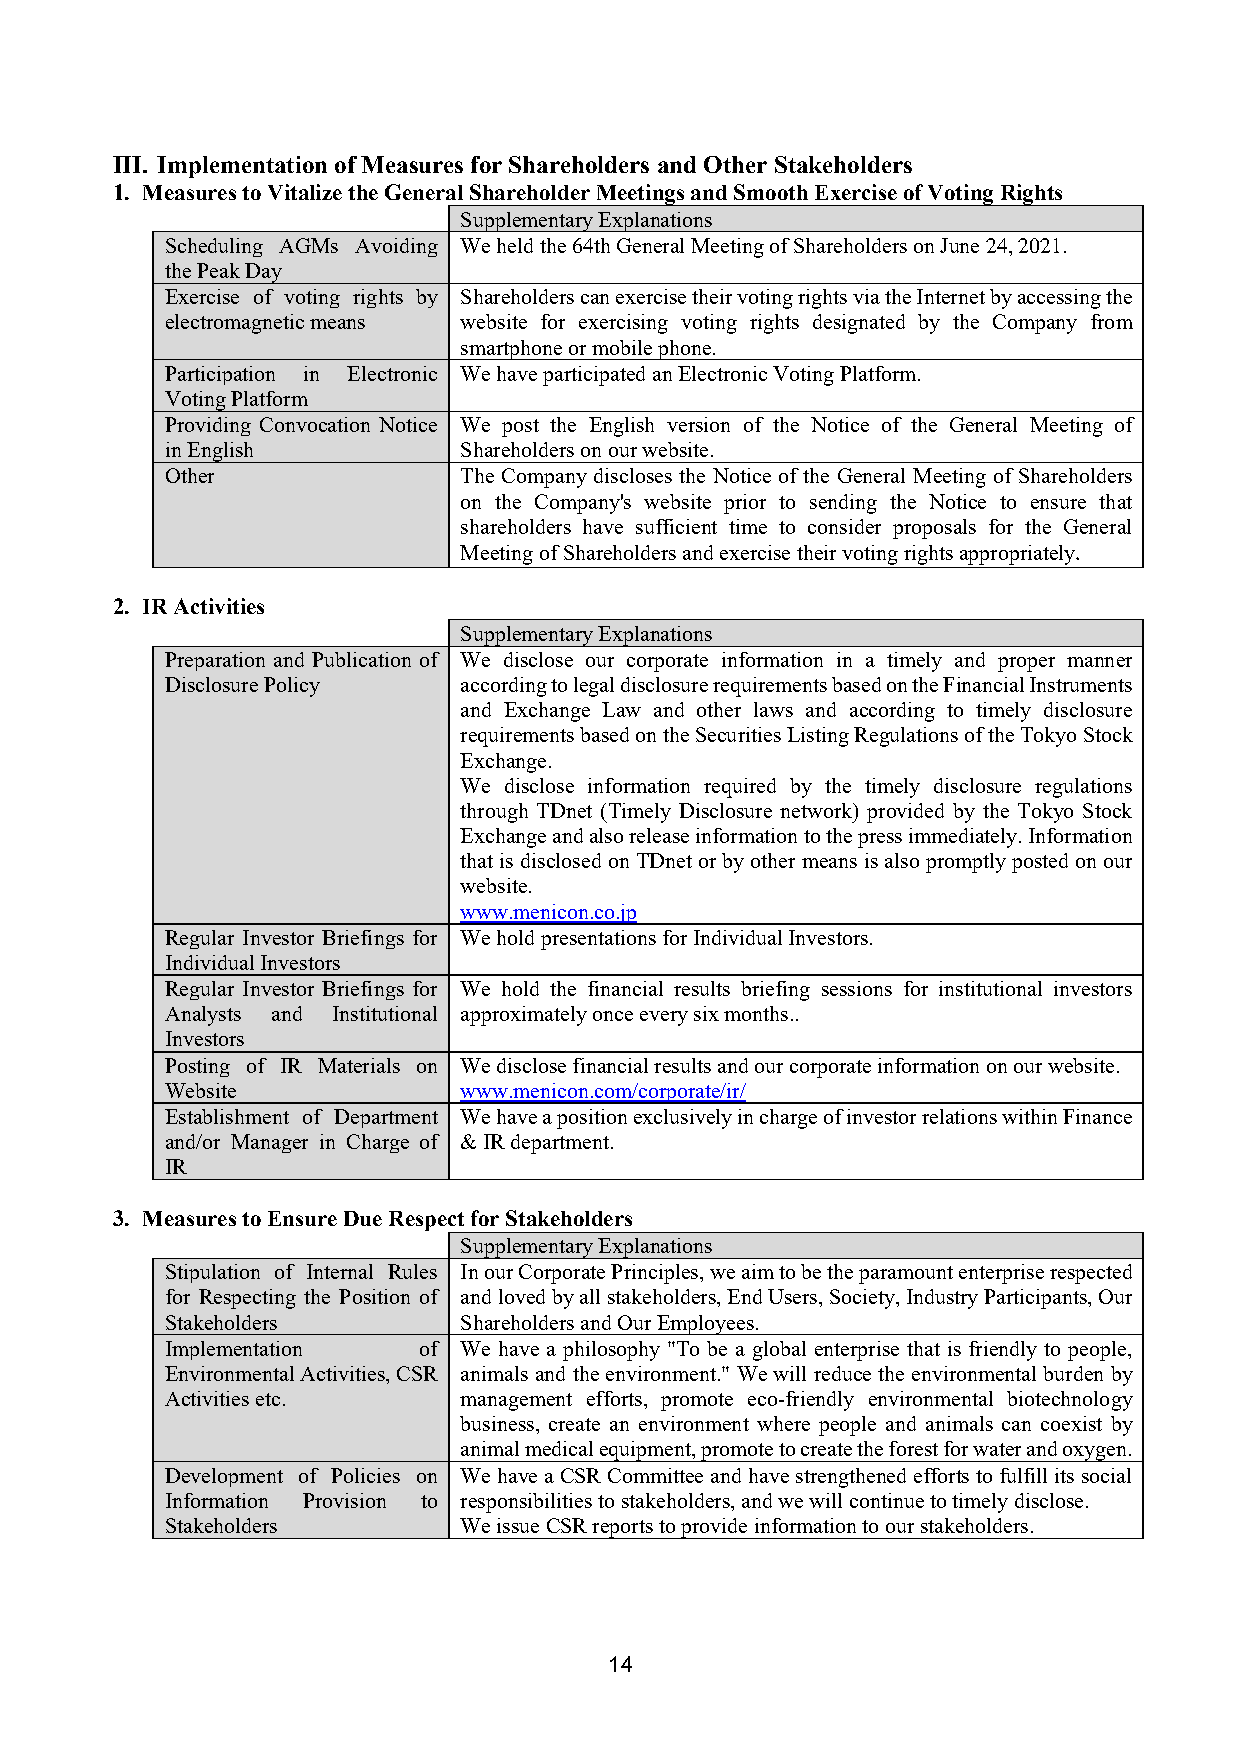
III. Implementation of Measures for Shareholders and Other Stakeholders
 1. Measures to Vitalize the General Shareholder Meetings and Smooth Exercise of Voting Rights
 Supplementary Explanations
 Scheduling AGMs Avoiding We held the 64th General Meeting of Shareholders on June 24, 2021.
 the Peak Day
 Exercise of voting rights by Shareholders can exercise their voting rights via the Internet by accessing the
 electromagnetic means website for exercising voting rights designated by the Company from
 smartphone or mobile phone.
 Participation in Electronic We have participated an Electronic Voting Platform.
 Voting Platform
 Providing Convocation Notice We post the English version of the Notice of the General Meeting of
 in English         Shareholders on our website.
 Other              The Company discloses the Notice of the General Meeting of Shareholders
 on the Company's website prior to sending the Notice to ensure that
 shareholders have sufficient time to consider proposals for the General
 Meeting of Shareholders and exercise their voting rights appropriately.
 2. IR Activities
 Supplementary Explanations
 Preparation and Publication of We disclose our corporate information in a timely and proper manner
 Disclosure Policy  according to legal disclosure requirements based on the Financial Instruments
 and Exchange Law and other laws and according to timely disclosure
 requirements based on the Securities Listing Regulations of the Tokyo Stock
 Exchange.
 We disclose information required by the timely disclosure regulations
 through TDnet (Timely Disclosure network) provided by the Tokyo Stock
 Exchange and also release information to the press immediately. Information
 that is disclosed on TDnet or by other means is also promptly posted on our
 website.
 www.menicon.co.jp
 Regular Investor Briefings for We hold presentations for Individual Investors.
 Individual Investors
 Regular Investor Briefings for We hold the financial results briefing sessions for institutional investors
 Analysts and Institutional approximately once every six months..
 Investors
 Posting of IR Materials on We disclose financial results and our corporate information on our website.
 Website            www.menicon.com/corporate/ir/
 Establishment of Department We have a position exclusively in charge of investor relations within Finance
 and/or Manager in Charge of & IR department.
 IR
 3. Measures to Ensure Due Respect for Stakeholders
 Supplementary Explanations
 Stipulation of Internal Rules In our Corporate Principles, we aim to be the paramount enterprise respected
 for Respecting the Position of and loved by all stakeholders, End Users, Society, Industry Participants, Our
 Stakeholders       Shareholders and Our Employees.
 Implementation   of We have a philosophy "To be a global enterprise that is friendly to people,
 Environmental Activities, CSR animals and the environment." We will reduce the environmental burden by
 Activities etc.    management efforts, promote eco-friendly environmental biotechnology
 business, create an environment where people and animals can coexist by
 animal medical equipment, promote to create the forest for water and oxygen.
 Development of Policies on We have a CSR Committee and have strengthened efforts to fulfill its social
 Information Provision to responsibilities to stakeholders, and we will continue to timely disclose.
 Stakeholders       We issue CSR reports to provide information to our stakeholders.
 14